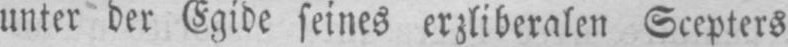
unter der Egide seines erzliberalen Scepters